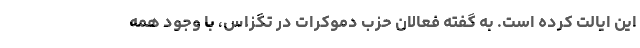
این ایالت کرده است. به گفته فعالان حزب دموکرات در تگزاس، با وجود همه